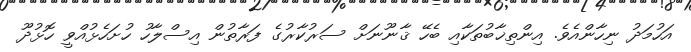
އަހުމަދު ނިހާންއެވެ. އިންތިޚާބުތަކާއި ބެހޭ ޤާނޫނަށް ސަރުކާރުގެ ފަރާތުން އިސްލާހު ހުށަހެޅުއްވީ ހޮޅުދޫ